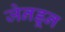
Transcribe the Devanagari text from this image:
जेनडून